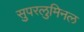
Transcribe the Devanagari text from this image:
सुपरलुमिनल